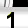
Digit: 1